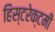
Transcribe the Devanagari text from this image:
हिस्टरेक्टमी